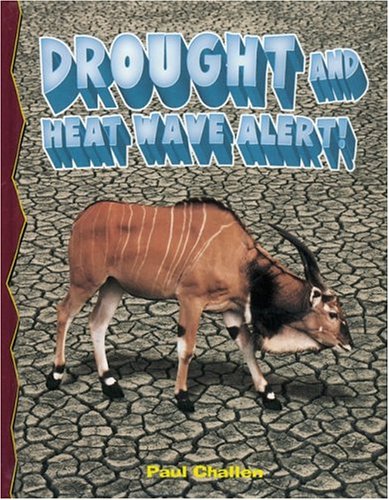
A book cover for Drought And Heat Wave Alert! (Disaster Alert!); Paul Challen; Science & Math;